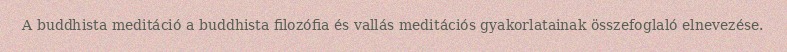
A buddhista meditáció a buddhista filozófia és vallás meditációs gyakorlatainak összefoglaló elnevezése.